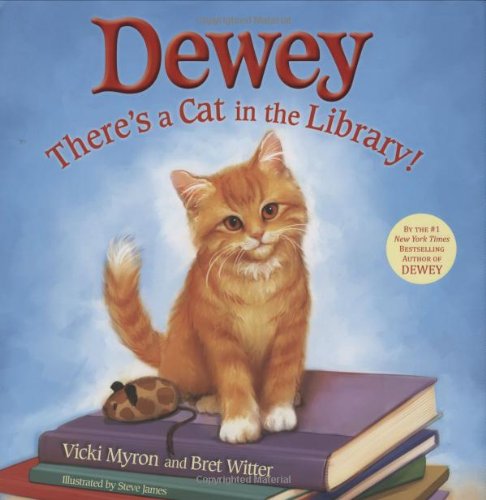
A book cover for Dewey: There's a Cat in the Library!; Vicki Myron; Children's Books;